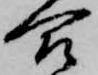
合